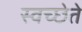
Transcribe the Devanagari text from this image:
स्वच्छेते